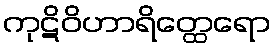
ကုဋိဝိဟာရိတ္ထေရော